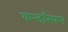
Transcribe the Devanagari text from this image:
कन्दरियन